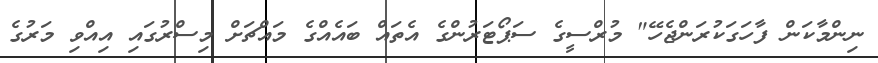
ނިންމާކަން ފާހަގަކުރަންޖެހޭ" މުރްސީގެ ސަޕޯޓަރުންގެ އެތައް ބައެއްގެ މައްޗަށް މިސްރުގައި އިއްވި މަރުގެ